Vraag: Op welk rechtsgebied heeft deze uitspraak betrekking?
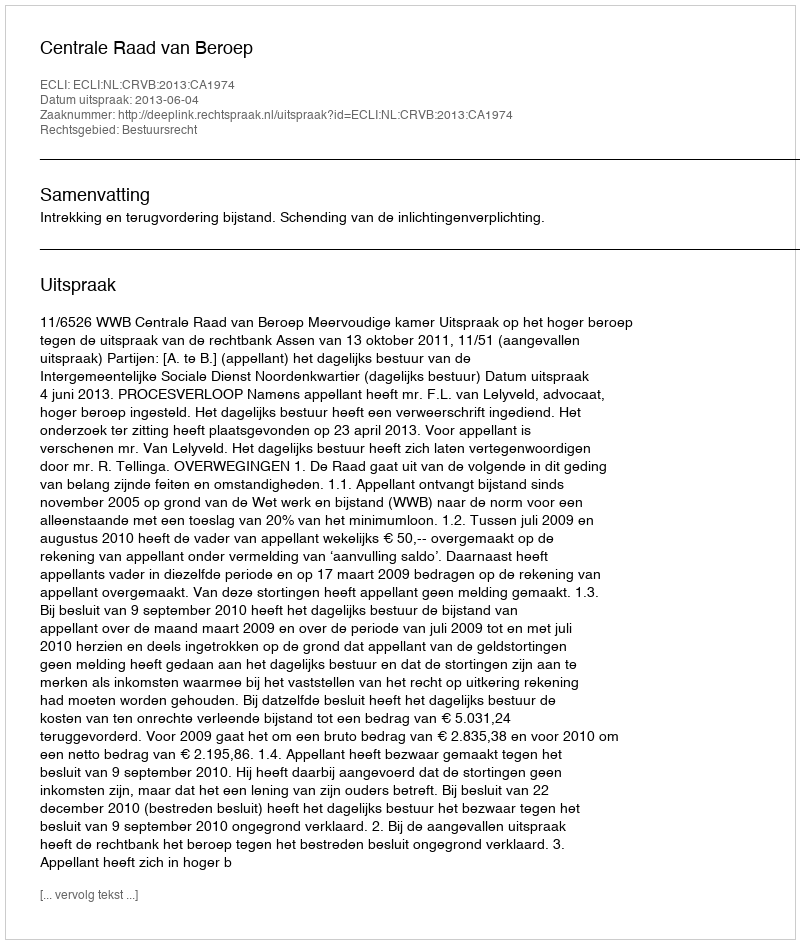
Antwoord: Bestuursrecht